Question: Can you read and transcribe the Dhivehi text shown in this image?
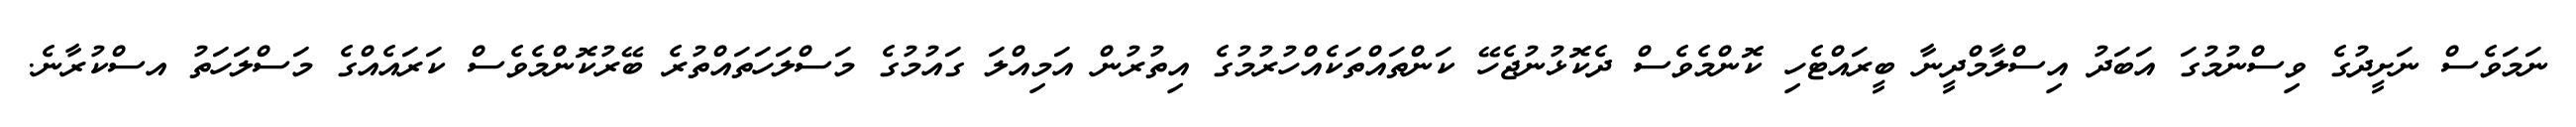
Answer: ނަމަވެސް ނަށީދުގެ ވިސްނުމުގަ އަބަދު އިސްލާމްދީނާ ބީރައްޓެހި ކޮންމެވެސް ދެކޮޅުނުޖެހޭ ކަންތައްތަކެއްހުރުމުގެ އިތުރުން އަމިއްލަ ގައުމުގެ މަސްލަހަތައްތުރެ ބޭރުކޮންމެވެސް ކަރައެއްގެ މަސްލަހަތު އސްކުރާނެ.